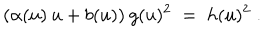
( \alpha ( u ) \: u + b ( u ) ) \: g ( u ) ^ { 2 } \; = \; h ( u ) ^ { 2 } \; .